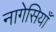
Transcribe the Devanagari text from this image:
नागेसियाँ